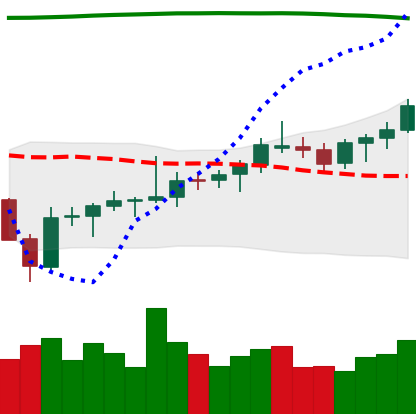
Ticker: BNB-USD
Chart end date: 2021-08-07
Forward return: 8.455%
Label: up_7plus